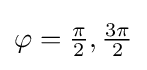
\varphi ={\tfrac {\pi }{2}},{\tfrac {3\pi }{2}}